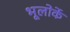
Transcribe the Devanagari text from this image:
भूलोर्के